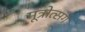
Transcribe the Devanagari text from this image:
मूत्रोत्सर्ग